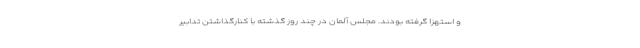
و استهزا گرفته بودند. مجلس آلمان در چند روز گذشته با کنارگذاشتن تدابیر